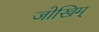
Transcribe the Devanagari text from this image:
जोखिम्